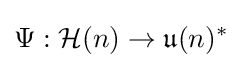
\Psi :{\mathcal {H}}(n)\rightarrow {\mathfrak {u}}(n)^{*}